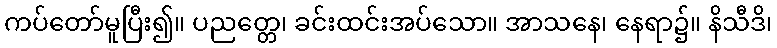
ကပ်တော်မူပြီး၍။ ပညတ္တေ၊ ခင်းထင်းအပ်သော။ အာသနေ၊ နေရာ၌။ နိသီဒိ၊